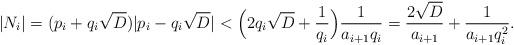
LaTeX: \begin{align*} |N_i|=(p_i+q_i\sqrt D)|p_i-q_i\sqrt D|<\Bigl(2q_i\sqrt D+\frac 1{q_i}\Bigr)\frac {1}{a_{i+1}q_{i}}=\frac {2\sqrt D}{a_{i+1}}+\frac {1}{a_{i+1}q_{i}^2}.\end{align*}